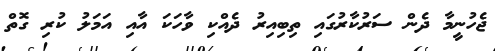
ޖެހުނީމާ ދެން ސަރުކާރުގައި ތިބިއިރު ދެއްކި ވާހަކަ އާއި އަމަލު ކުރި ގޮތް